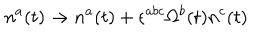
LaTeX: n ^ { a } ( t ) \rightarrow n ^ { a } ( t ) + \epsilon ^ { a b c } \Omega ^ { b } ( t ) n ^ { c } ( t )